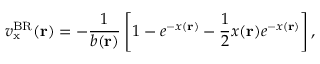
v _ { \mathrm { x } } ^ { \mathrm { B R } } ( \mathbf { r } ) = - \frac { 1 } { b ( \mathbf { r } ) } \left[ 1 - e ^ { - x ( \mathbf { r } ) } - \frac { 1 } { 2 } x ( \mathbf { r } ) e ^ { - x ( \mathbf { r } ) } \right] ,